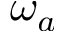
\omega _ { a }